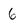
Character: 6